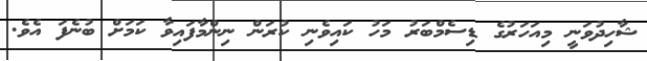
ޝާހިދުވަނީ މިއަހަރުގެ ޑިސެމްބަރު މަހު ކައިވެނި ކުރަން ނިންމާފައިވާ ކަމަށް ބުނެފަ އެވެ.